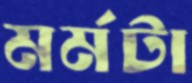
মর্মটা